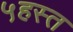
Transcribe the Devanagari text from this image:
५हस्त